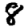
Digit: 8